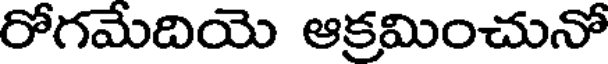
రోగమేదియె ఆక్రమించునో